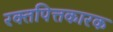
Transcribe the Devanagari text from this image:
रक्तपित्तकारक